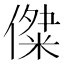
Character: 𠎖